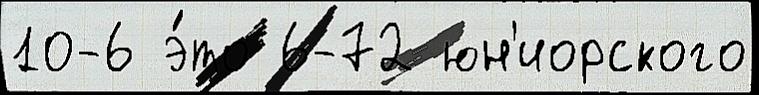
10-6 э́то 6-72 юн'иорского